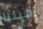
اميليا